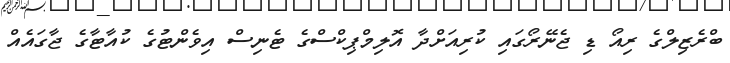
ބްރެޒިލްގެ ރިއޯ ޑި ޖެނޭރޯގައި ކުރިއަށްދާ އޮލިމްޕިކްސްގެ ޓެނިސް އިވެންޓުގެ ކުއާޓާގެ ޖާގައެއް